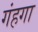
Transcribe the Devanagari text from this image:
गंहगा